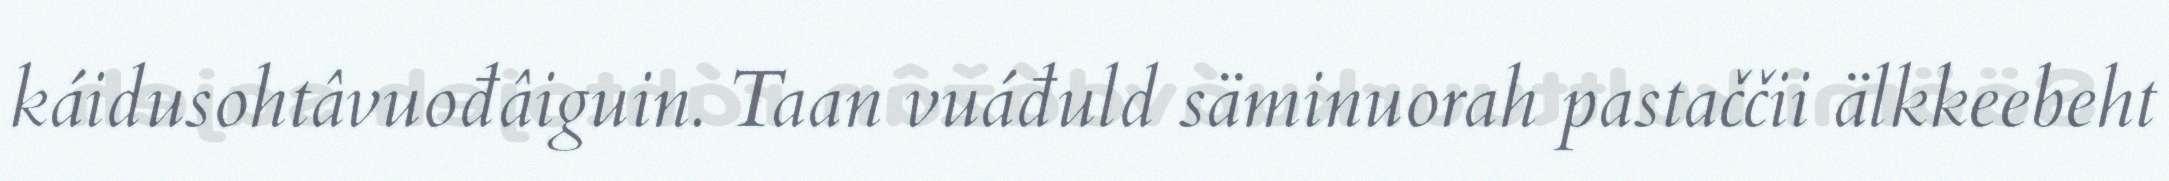
káidusohtâvuođâiguin. Taan vuáđuld säminuorah pastaččii älkkeebeht